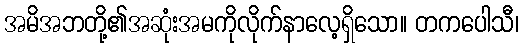
အမိအဘတို့၏အဆုံးအမကိုလိုက်နာလေ့ရှိသော။ တကပေါသီ၊